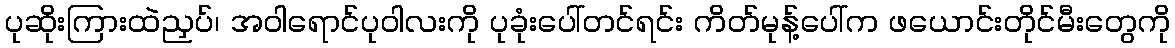
ပုဆိုးကြားထဲညှပ်၊ အဝါရောင်ပုဝါလးကို ပုခုံးပေါ်တင်ရင်း ကိတ်မုန့်ပေါ်က ဖယောင်းတိုင်မီးတွေကို